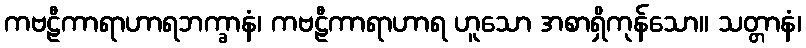
ကဗဠီကာရာဟာရဘက္ခာနံ၊ ကဗဠီကာရာဟာရ ဟူသော အစာရှိကုန်သော။ သတ္တာနံ၊